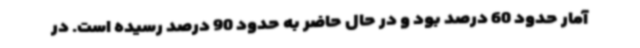
آمار حدود 60 درصد بود و در حال حاضر به حدود 90 درصد رسیده است. در